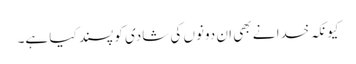
کیونکہ خدا نے بھی ان دونوں کی شادی کو پسند کیا ہے۔